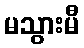
မသွားမီ